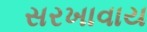
સરખાવાય